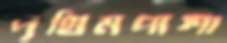
পৃথিমপাশা